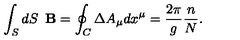
\int _ { S } d S \enspace { \bf B } = \oint _ { C } \Delta A _ { \mu } d x ^ { \mu } = \frac { 2 \pi } { g } \frac { n } { N } .